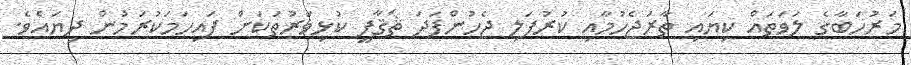
މަރުހަބާގެ ލަވަތައް ކިޔައި ތާރަޖެހުމާއި ކުރުފަލި ޖެހުންފަދަ ޘަޤާފީ ކުޅިވަރުތަކަށް ފައިހަމަކުރަމުން ދިޔައެވެ.